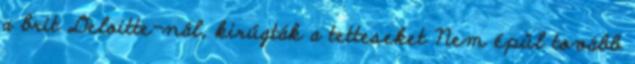
a brit Deloitte-nál, kirúgták a tetteseket Nem épül tovább